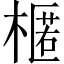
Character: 𣘗